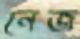
নেজ